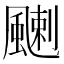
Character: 𩘊